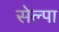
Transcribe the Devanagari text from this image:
सेल्पा